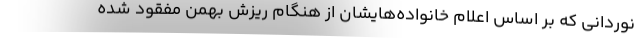
نوردانی که بر اساس اعلام خانواده‌هایشان از هنگام ریزش بهمن مفقود شده